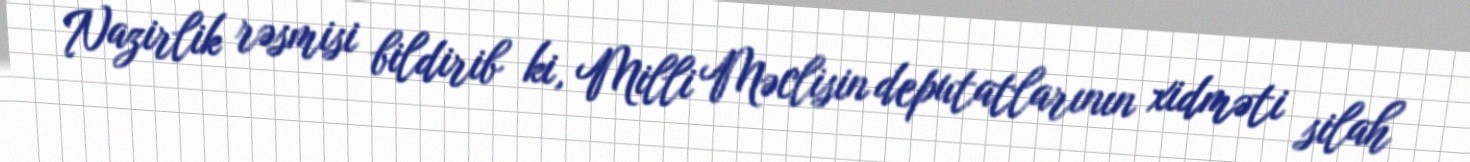
Nazirlik rəsmisi bildirib ki, Milli Məclisin deputatlarının xidməti silah